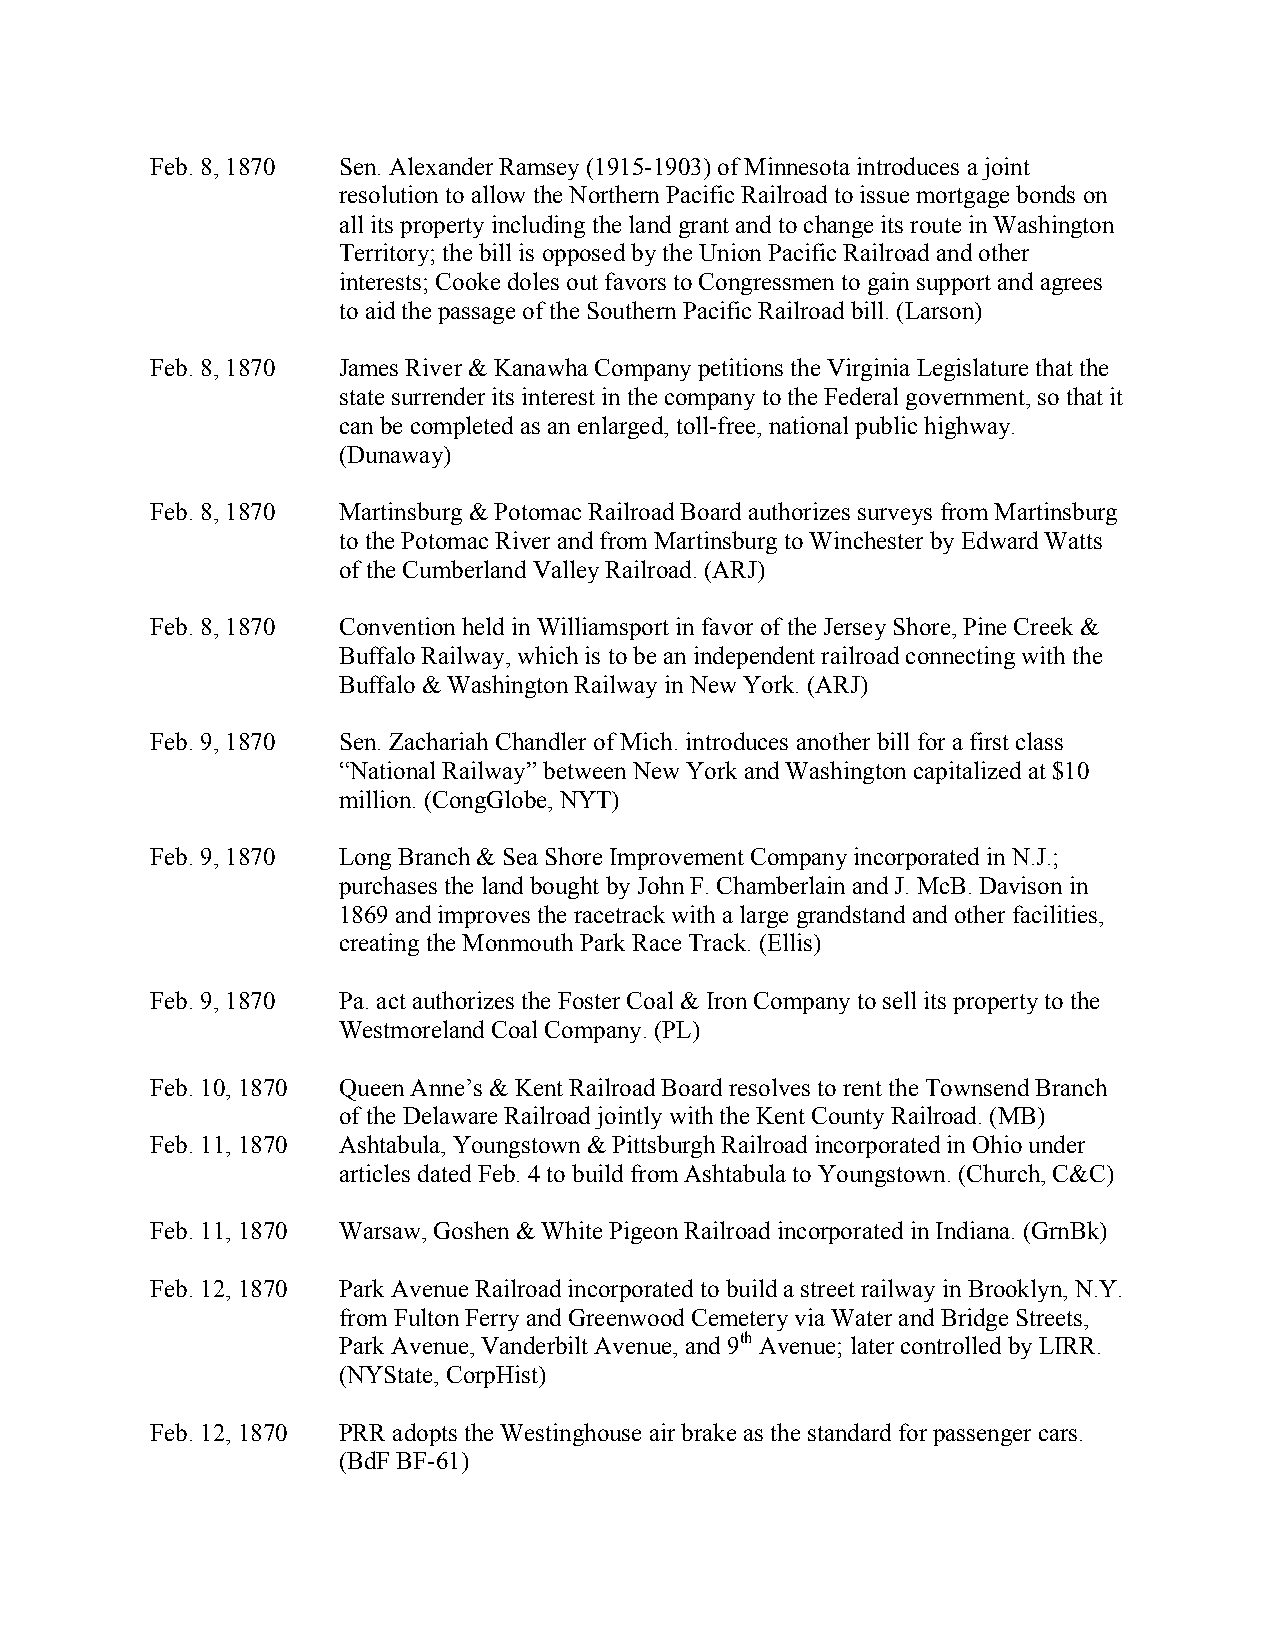
Feb. 8, 1870 Sen. Alexander Ramsey (1915-1903) of Minnesota introduces a joint
 resolution to allow the Northern Pacific Railroad to issue mortgage bonds on
 all its property including the land grant and to change its route in Washington
 Territory; the bill is opposed by the Union Pacific Railroad and other
 interests; Cooke doles out favors to Congressmen to gain support and agrees
 to aid the passage of the Southern Pacific Railroad bill. (Larson)
 Feb. 8, 1870 James River & Kanawha Company petitions the Virginia Legislature that the
 state surrender its interest in the company to the Federal government, so that it
 can be completed as an enlarged, toll-free, national public highway.
 (Dunaway)
 Feb. 8, 1870 Martinsburg & Potomac Railroad Board authorizes surveys from Martinsburg
 to the Potomac River and from Martinsburg to Winchester by Edward Watts
 of the Cumberland Valley Railroad. (ARJ)
 Feb. 8, 1870 Convention held in Williamsport in favor of the Jersey Shore, Pine Creek &
 Buffalo Railway, which is to be an independent railroad connecting with the
 Buffalo & Washington Railway in New York. (ARJ)
 Feb. 9, 1870 Sen. Zachariah Chandler of Mich. introduces another bill for a first class
 “National Railway” between New York and Washington capitalized at $10
 million. (CongGlobe, NYT)
 Feb. 9, 1870 Long Branch & Sea Shore Improvement Company incorporated in N.J.;
 purchases the land bought by John F. Chamberlain and J. McB. Davison in
 1869 and improves the racetrack with a large grandstand and other facilities,
 creating the Monmouth Park Race Track. (Ellis)
 Feb. 9, 1870 Pa. act authorizes the Foster Coal & Iron Company to sell its property to the
 Westmoreland Coal Company. (PL)
 Feb. 10, 1870 Queen Anne’s & Kent Railroad Board resolves to rent the Townsend Branch
 of the Delaware Railroad jointly with the Kent County Railroad. (MB)
 Feb. 11, 1870 Ashtabula, Youngstown & Pittsburgh Railroad incorporated in Ohio under
 articles dated Feb. 4 to build from Ashtabula to Youngstown. (Church, C&C)
 Feb. 11, 1870 Warsaw, Goshen & White Pigeon Railroad incorporated in Indiana. (GrnBk)
 Feb. 12, 1870 Park Avenue Railroad incorporated to build a street railway in Brooklyn, N.Y.
 from Fulton Ferry and Greenwood Cemetery via Water and Bridge Streets,
 Park Avenue, Vanderbilt Avenue, and 9th Avenue; later controlled by LIRR.
 (NYState, CorpHist)
 Feb. 12, 1870 PRR adopts the Westinghouse air brake as the standard for passenger cars.
 (BdF BF-61)